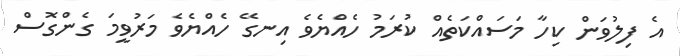
އެ ފިލުވަން ކިހާ މަސައްކަތެއް ކުރަމު ހެއްޔެވެ އިނގޭ ހެއްޔެވެ މަރުވީމަ ގެންގޮސް